Report of the Bombay Veterinary College
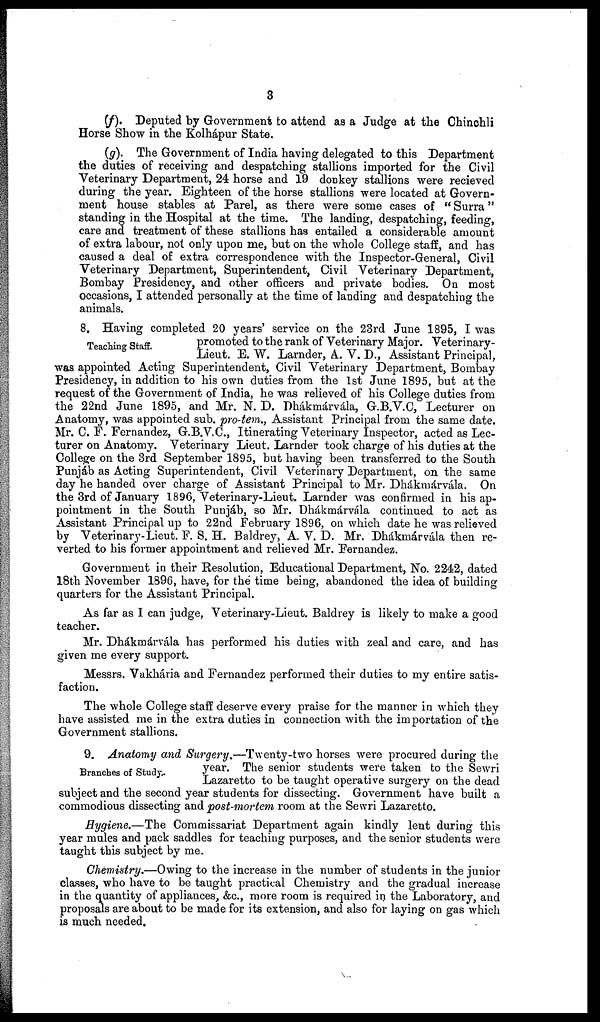
3
(f). Deputed by Government to attend as a Judge at the Chinchli
Horse Show in the Kolhápur State.
(g). The Government of India having delegated to this Department
the duties of receiving and despatching stallions imported for the Civil
Veterinary Department, 24 horse and 19 donkey stallions were recieved
during the year. Eighteen of the horse stallions were located at Govern-
ment house stables at Parel, as there were some cases of " Surra"
standing in the Hospital at the time. The landing, despatching, feeding,
care and treatment of these stallions has entailed a considerable amount
of extra labour, not only upon me, but on the whole College staff, and has
caused a deal of extra correspondence with the Inspector-General, Civil
Veterinary Department, Superintendent, Civil Veterinary Department,
Bombay Presidency, and other officers and private bodies. On most
occasions, I attended personally at the time of landing and despatching the
animals.
Teaching Staff.
8. Having completed 20 years' service on the 23rd June 1895, I was
promoted to the rank of Veterinary Major. Veterinary-
Lieut. E. W. Larnder, A. V. D., Assistant Principal,
was appointed Acting Superintendent, Civil Veterinary Department, Bombay
Presidency, in addition to his own duties from the 1st June 1895, but at the
request of the Government of India, he was relieved of his College duties from
the 22nd June 1895, and Mr. N. D. Dhákmárvála, G.B.V.C., Lecturer on
Anatomy, was appointed sub. pro-tem., Assistant Principal from the same date.
Mr. C. F. Fernandez, G.B.V.C., Itinerating Veterinary Inspector, acted as Lec-
turer on Anatomy. Veterinary Lieut. Larnder took charge of his duties at the
College on the 3rd September 1895, but having been transferred to the South
Punjab as Acting Superintendent, Civil Veterinary Department, on the same
day he handed over charge of Assistant Principal to Mr. Dhákmárvála. On
the 3rd of January 1896, Veterinary-Lieut. Larnder was confirmed in his ap-
pointment in the South Punjáb, so Mr. Dhákmárvála continued to act as
Assistant Principal up to 22nd February 1896, on which date he was relieved
by Veterinary-Lieut. F. S. H. Baldrey, A. V. D. Mr. Dhákmárvála then re-
verted to his former appointment and relieved Mr. Fernandez.
Government in their Resolution, Educational Department, No. 2242, dated
18th November 1896, have, for the time being, abandoned the idea of building
quarters for the Assistant Principal.
As far as I can judge, Veterinary-Lieut. Baldrey is likely to make a good
teacher.
Mr. Dhákmárvála has performed his duties with zeal and care, and has
given me every support.
Messrs. Vakhária and Fernandez performed their duties to my entire satis-
faction.
The whole College staff deserve every praise for the manner in which they
have assisted me in the extra duties in connection with the importation of the
Government stallions.
Branches of Study,.
9. Anatomy and Surgery.—Twenty-two horses were procured during the
year. The senior students were taken to the Sewri
Lazaretto to be taught operative surgery on the dead
subject and the second year students for dissecting. Government have built a
commodious dissecting and post-mortem room at the Sewri Lazaretto.
Hygiene.—The Commissariat Department again kindly lent during this
year mules and pack saddles for teaching purposes, and the senior students were
taught this subject by me.
Chemistry.—Owing to the increase in the number of students in the junior
classes, who have to be taught practical Chemistry and the gradual increase
in the quantity of appliances, &c., more room is required in the Laboratory, and
proposals are about to be made for its extension, and also for laying on gas which
is much needed.